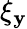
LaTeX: \xi_{\mathbf{y}}